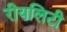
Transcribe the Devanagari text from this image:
रीयलिटी